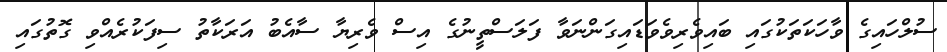
ސުލްހައިގެ ވާހަކަތަކުގައި ބައިވެރިވެވަޑައިގަންނަވާ ފަލަސްތީނުގެ އިސް ވެރިޔާ ސާއެބު އަރަކާތު ސިފަކުރެއްވި ގޮތުގައި